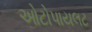
ઓટોપાયલટ